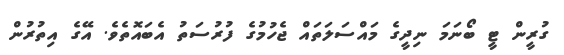
ގުރީން ޓީ ބޯނަމަ ނިދީގެ މައްސަލަތައް ޖެހުމުގެ ފުރުސަތު އެބައޮތެވެ. އޭގެ އިތުރުން